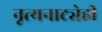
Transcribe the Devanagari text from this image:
नृत्यनाट्येही